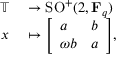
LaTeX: \begin{array} { r l } { \mathbb { T } } & { { } \to \operatorname { S O } ^ { + } ( 2 , \mathbf { F } _ { q } ) } \\ { x } & { { } \mapsto { \left[ \begin{array} { l l } { a } & { b } \\ { \omega b } & { a } \end{array} \right] } , } \end{array}